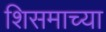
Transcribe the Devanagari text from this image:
शिसमाच्या